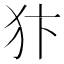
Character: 犿